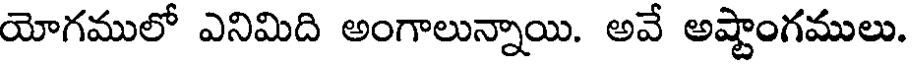
యోగములో ఎనిమిది అంగాలున్నాయి. అవే అష్టాంగములు.